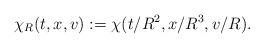
LaTeX: \begin{align*}\chi_R(t,x,v):=\chi(t/R^2,x/R^3,v/R).\end{align*}